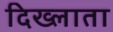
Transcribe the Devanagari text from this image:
दिख्लाता